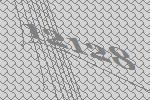
12128